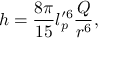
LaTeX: h = \frac { 8 \pi } { 1 5 } l _ { p } ^ { \prime 6 } \frac { Q } { r ^ { 6 } } ,